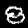
Digit: 8